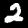
Digit: 2